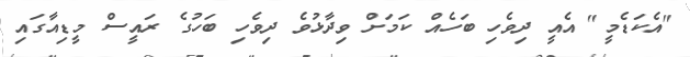
"އެކަޑެމީ" އެއީ ދިވެހި ބަހެއް ކަމަށް ވިދާޅުވެ ދިވެހި ބަހުގެ ރައީސް މީޑިއާގައި